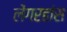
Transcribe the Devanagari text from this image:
लेंगरहांस